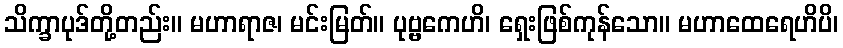
သိက္ခာပုဒ်တို့တည်း။ မဟာရာဇ၊ မင်းမြတ်။ ပုဗ္ဗကေဟိ၊ ရှေးဖြစ်ကုန်သော။ မဟာထေရေဟိပိ၊